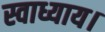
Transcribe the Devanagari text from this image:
स्वाध्याय।